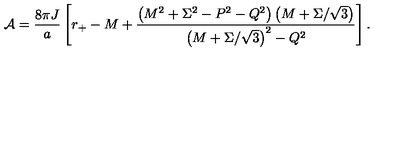
{ \cal A } = { \frac { 8 \pi J } { a } } \left[ r _ { + } - M + { \frac { \left( M ^ { 2 } + \Sigma ^ { 2 } - P ^ { 2 } - Q ^ { 2 } \right) \left( M + \Sigma / \sqrt { 3 } \right) } { \left( M + \Sigma / \sqrt { 3 } \right) ^ { 2 } - Q ^ { 2 } } } \right] .